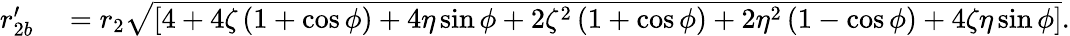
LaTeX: \begin{array}{rl}{r_{2b}^{\prime}}&{{}=r_{2}\sqrt{\left[4+4\zeta\left(1+\cos\phi\right)+4\eta\sin{\phi}+2\zeta^{2}\left(1+\cos\phi\right)+2\eta^{2}\left(1-\cos\phi\right)+4\zeta\eta\sin{\phi}\right]}.}\end{array}